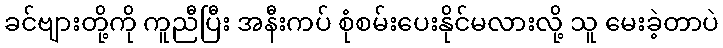
ခင်ဗျားတို့ကို ကူညီပြီး အနီးကပ် စုံစမ်းပေးနိုင်မလားလို့ သူ မေးခဲ့တာပဲ